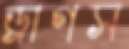
ড্রাগস